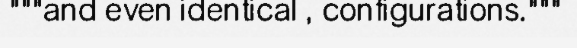
"""and even identical , configurations."""